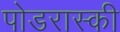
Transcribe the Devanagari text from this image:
पोडरास्की